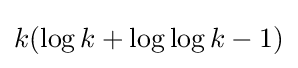
k(\log k+\log \log k-1)